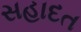
સહાદત